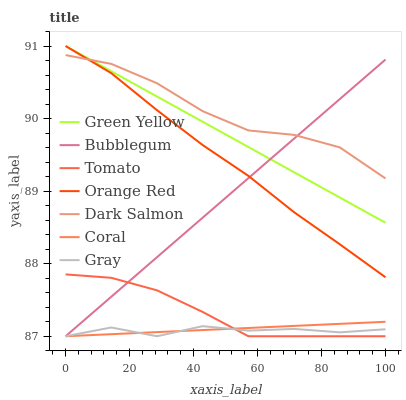
| xaxis_label | Green Yellow | Bubblegum | Tomato | Orange Red | Dark Salmon | Coral | Gray |
 | --- | --- | --- | --- | --- | --- | --- | --- |
 | 0 | 91 | 87 | 87.9 | 91 | 90.9 | 87 | 87 |
 | 14.3 | 90.7 | 87.5 | 87.8 | 90.6 | 90.8 | 87 | 87.1 |
 | 28.6 | 90.3 | 88.1 | 87.6 | 90.1 | 90.5 | 87.1 | 87 |
 | 42.9 | 90 | 88.6 | 87.3 | 89.6 | 90.1 | 87.1 | 87.1 |
 | 57.1 | 89.6 | 89.2 | 87 | 89.2 | 89.8 | 87.1 | 87.1 |
 | 71.4 | 89.3 | 89.7 | 87 | 88.7 | 89.8 | 87.1 | 87.1 |
 | 85.7 | 88.9 | 90.3 | 87 | 88.3 | 89.6 | 87.2 | 87.1 |
 | 100 | 88.6 | 90.8 | 87 | 87.8 | 89.2 | 87.2 | 87.1 |